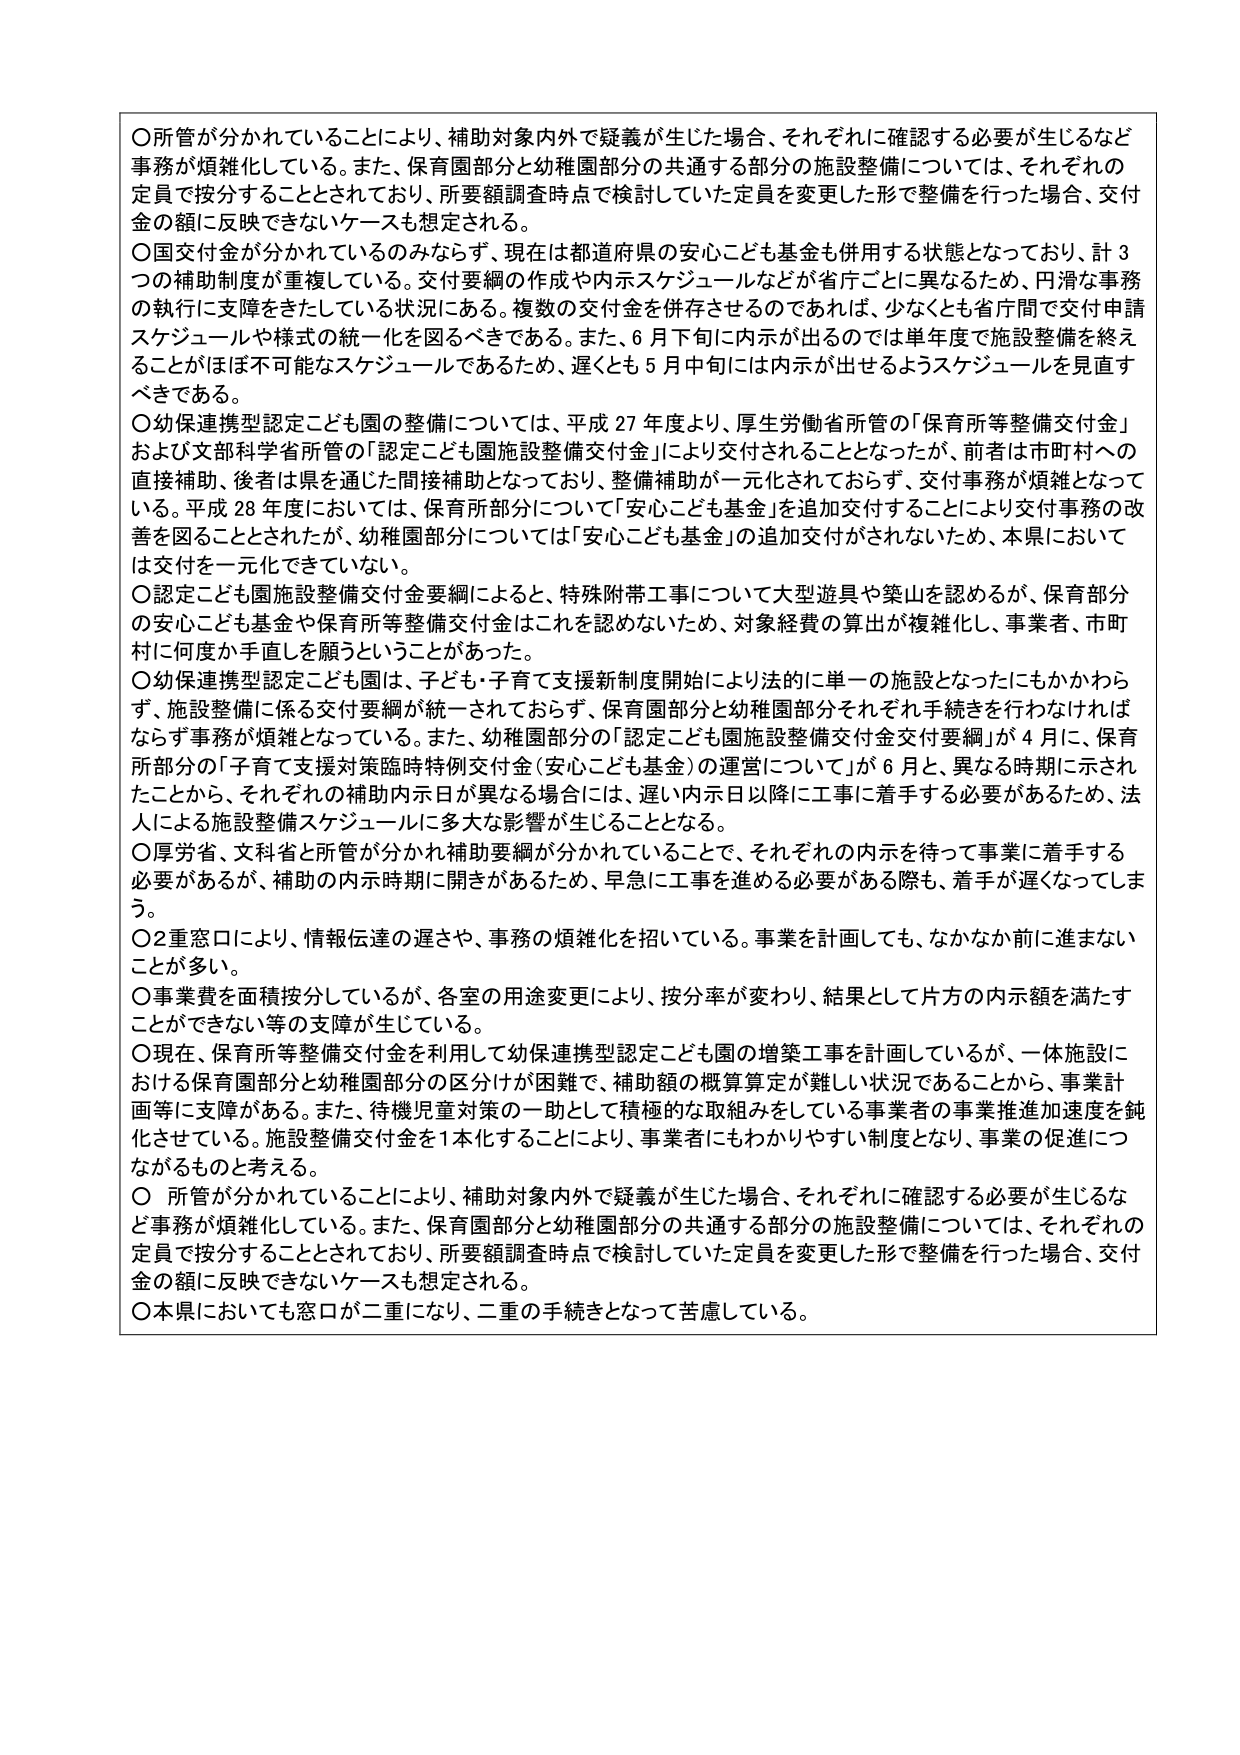
〇所管が分かれていることにより、補助対象内外で疑義が生じた場合、それぞれに確認する必要が生じるなど事務が煩雑化している。また、保育園部分と幼稚園部分の共通する部分の施設整備については、それぞれの定員で按分することとされており、所要額調査時点で検討していた定員を変更した形で整備を行った場合、交付金の額に反映できないケースも想定される。

〇国交付金が分かれているのみならず、現在は都道府県の安心こども基金も併用する状態となっており、計3つの補助制度が重複している。交付要綱の作成や内示スケジュールなどが省庁ごとに異なるため、円滑な事務の執行に支障をきたしている状況にある。複数の交付金を併存させるのであれば、少なくとも省庁間で交付申請スケジュールや様式の統一化を図るべきである。また、6月下旬に内示が出るのでは単年度で施設整備を終えることがほぼ不可能なスケジュールであるため、遅くとも5月中旬には内示が出せるようスケジュールを見直すべきである。

〇幼保連携型認定こども園の整備については、平成27年度より、厚生労働省所管の「保育所等整備交付金」および文部科学省所管の「認定こども園施設整備交付金」により交付されることとなったが、前者は市町村への直接補助、後者は県を通じた間接補助となっており、整備補助が一元化されておらず、交付事務が煩雑となっている。平成28年度において、保育所部分について「安心こども基金」を追加交付することにより交付事務の改善を図ることとされたが、幼稚園部分については「安心こども基金」の追加交付がされないため、本県においては交付を一元化できていない。

〇認定こども園施設整備交付金要綱によると、特殊附帯工事について大型遊具や築山を認めるが、保育部分の安心こども基金や保育所等整備交付金はこれを認めないため、対象経費の算出が複雑化し、事業者、市町村に何度か手直しを願うといったことがあった。

〇幼保連携型認定こども園は、子ども・子育て支援新制度開始により法的に単一の施設となったにもかかわらず、施設整備に係る交付要綱が統一されておらず、保育園部分と幼稚園部分それぞれ手続きを行なわなければならず事務が煩雑となっている。また、幼稚園部分の「認定こども園施設整備交付金交付要綱」が4月に、保育所部分の「子育て支援対策臨時特別交付金（安心こども基金）の運営について」が6月と、異なる時期に示されたことから、それぞれの補助内示日が異なる場合には、遅い内示日以降に工事に着手する必要があるため、法人による施設整備スケジュールに多大な影響が生じることとなる。

〇厚労省、文科省と所管が分かれ補助要綱が分かれていることで、それぞれの内示を待って事業に着手する必要があるが、補助の内示時期に開きがあるため、早急に工事を進める必要がある際も、着手が遅くなってしまう。

〇2重窓口により、情報伝達の遅さや、事務の煩雑化を招いている。事業を計画しても、なかなか前に進まないことが多い。

〇事業費を面積按分しているが、各室の用途変更により、按分率が変わり、結果として片方の内示額を満たすことができない等の支障が生じている。

〇現在、保育所等整備交付金を利用した幼保連携型認定こども園の増築工事を計画しているが、一体施設における保育園部分と幼稚園部分の区分けが困難で、補助額の概算算定が難しい状況であることから、事業計画等に支障がある。また、待機児童対策の一助として積極的な取組みをしている事業者の事業推進加速度を鈍化させている。施設整備交付金を1本化することにより、事業者にもわかりやすい制度となり、事業の促進につながるものと考える。

〇 所管が分かれていることにより、補助対象内外で疑義が生じた場合、それぞれに確認する必要が生じるなど事務が煩雑化している。また、保育園部分と幼稚園部分の共通する部分の施設整備については、それぞれの定員で按分することとされており、所要額調査時点で検討していた定員を変更した形で整備を行った場合、交付金の額に反映できないケースも想定される。

〇本県においても窓口が二重になり、二重の手続きとなって苦慮している。